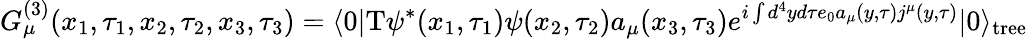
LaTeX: G_{\mu}^{(3)}(x_{1},\tau_{1},x_{2},\tau_{2},x_{3},\tau_{3})=\langle 0|\mathrm{T}\psi^{*}(x_{1},\tau_{1})\psi(x_{2},\tau_{2})a_{\mu}(x_{3},\tau_{3})e^{i\int d^{4}yd\tau e_{0}a_{\mu}(y,\tau)j^{\mu}(y,\tau)}|0\rangle_{\mathrm{tree}}